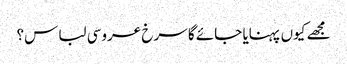
مجھے کیوں پہنایا جائے گا سرخ عروسی لباس؟